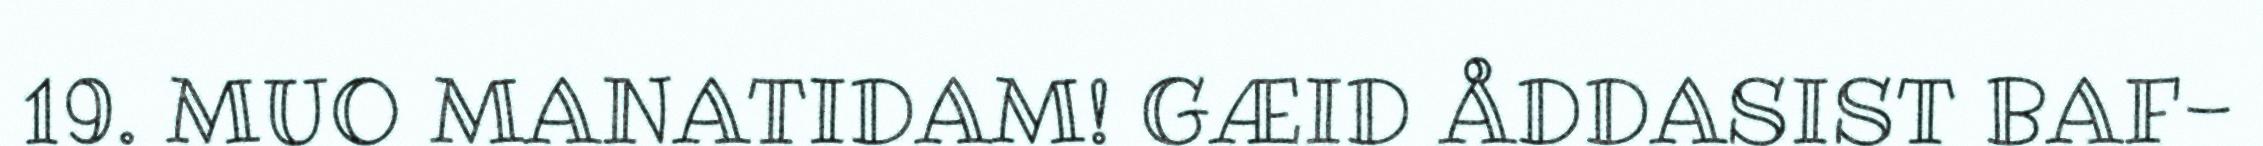
19. MUO MANATIDAM! GÆID ÅDDASIST BAF-